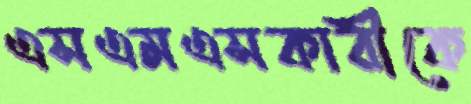
এসএমএসকারীকে